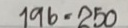
196 = 250